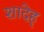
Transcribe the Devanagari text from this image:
शादेह्